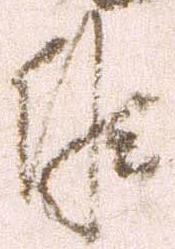
候